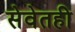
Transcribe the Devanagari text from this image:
सेवेतही